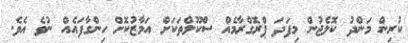
ކުރިން މަންދު ކޮލެޖުން މިފަދަ ޕްރޮގްރާމެއް ސްކޫލްތަކަށް އަމާޒުކޮށް ހިންގާފައެއް ނުވެ އެވެ.